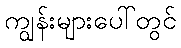
ကျွန်းများပေါ်တွင်